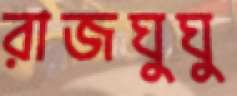
রাজঘুঘু